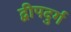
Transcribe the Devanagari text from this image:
द्वीपदुर्ग